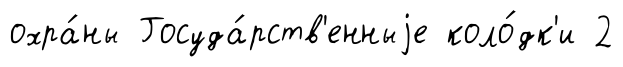
охра́ны Госуда́рств'енныjе коло́дк'и 2